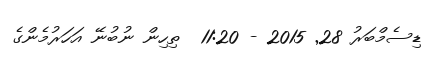
ޑިސެމްބަރު 28